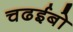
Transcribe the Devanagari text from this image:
चढईबो